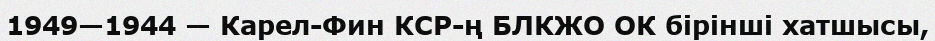
1949—1944 — Карел-Фин КСР-ң БЛКЖО ОК бірінші хатшысы,